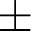
\pm